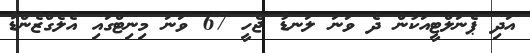
އަދި ޕެނަލްޓީއަކުން ދެ ވަނަ ލަނޑު ޖެހީ 67 ވަނަ މިނިޓްގައި އެލެގްޒެންޑާ